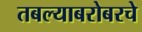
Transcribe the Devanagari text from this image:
तबल्याबरोबरचे